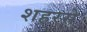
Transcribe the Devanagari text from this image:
शहरसे